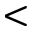
<